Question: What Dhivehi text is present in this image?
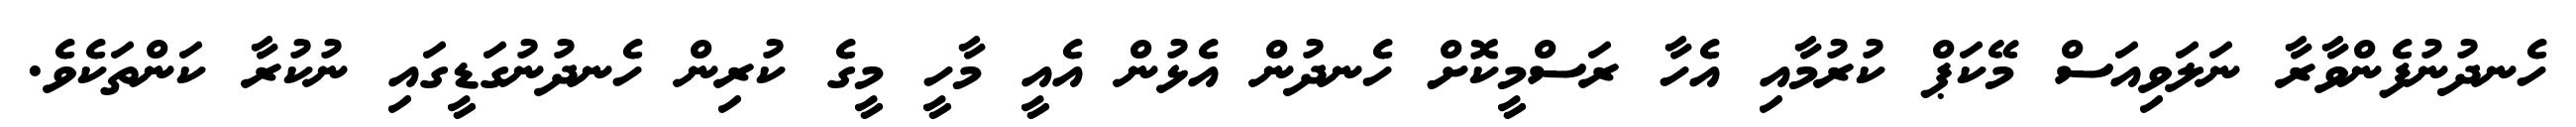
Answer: ހެނދުނުފެންވާރާ ނަލަވިއަސް މޭކަޕް ކުރުމާއި އެހާ ރަސްމީކޮށް ހެނދުން އެޅުން އެއީ މާހީ މީގެ ކުރިން ހެނދުނުގަޑީގައި ނުކުރާ ކަންތަކެވެ.